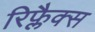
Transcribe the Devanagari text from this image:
रिफ्लैक्स